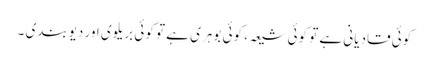
کوئی قادیانی ہے تو کوئی شیعہ ، کوئی بوہری ہے تو کوئی بریلوی اور دیوبندی ۔